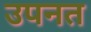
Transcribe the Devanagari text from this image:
उपनत